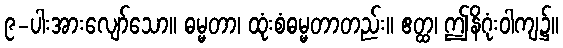
၉-ပါးအားလျော်သော။ ဓမ္မတာ၊ ထုံးစံဓမ္မတာတည်း။ ဧတ္ထ၊ ဤနိဂုံးဝါကျ၌။